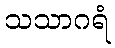
သသာဂရံ